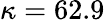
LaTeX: \kappa=62.9